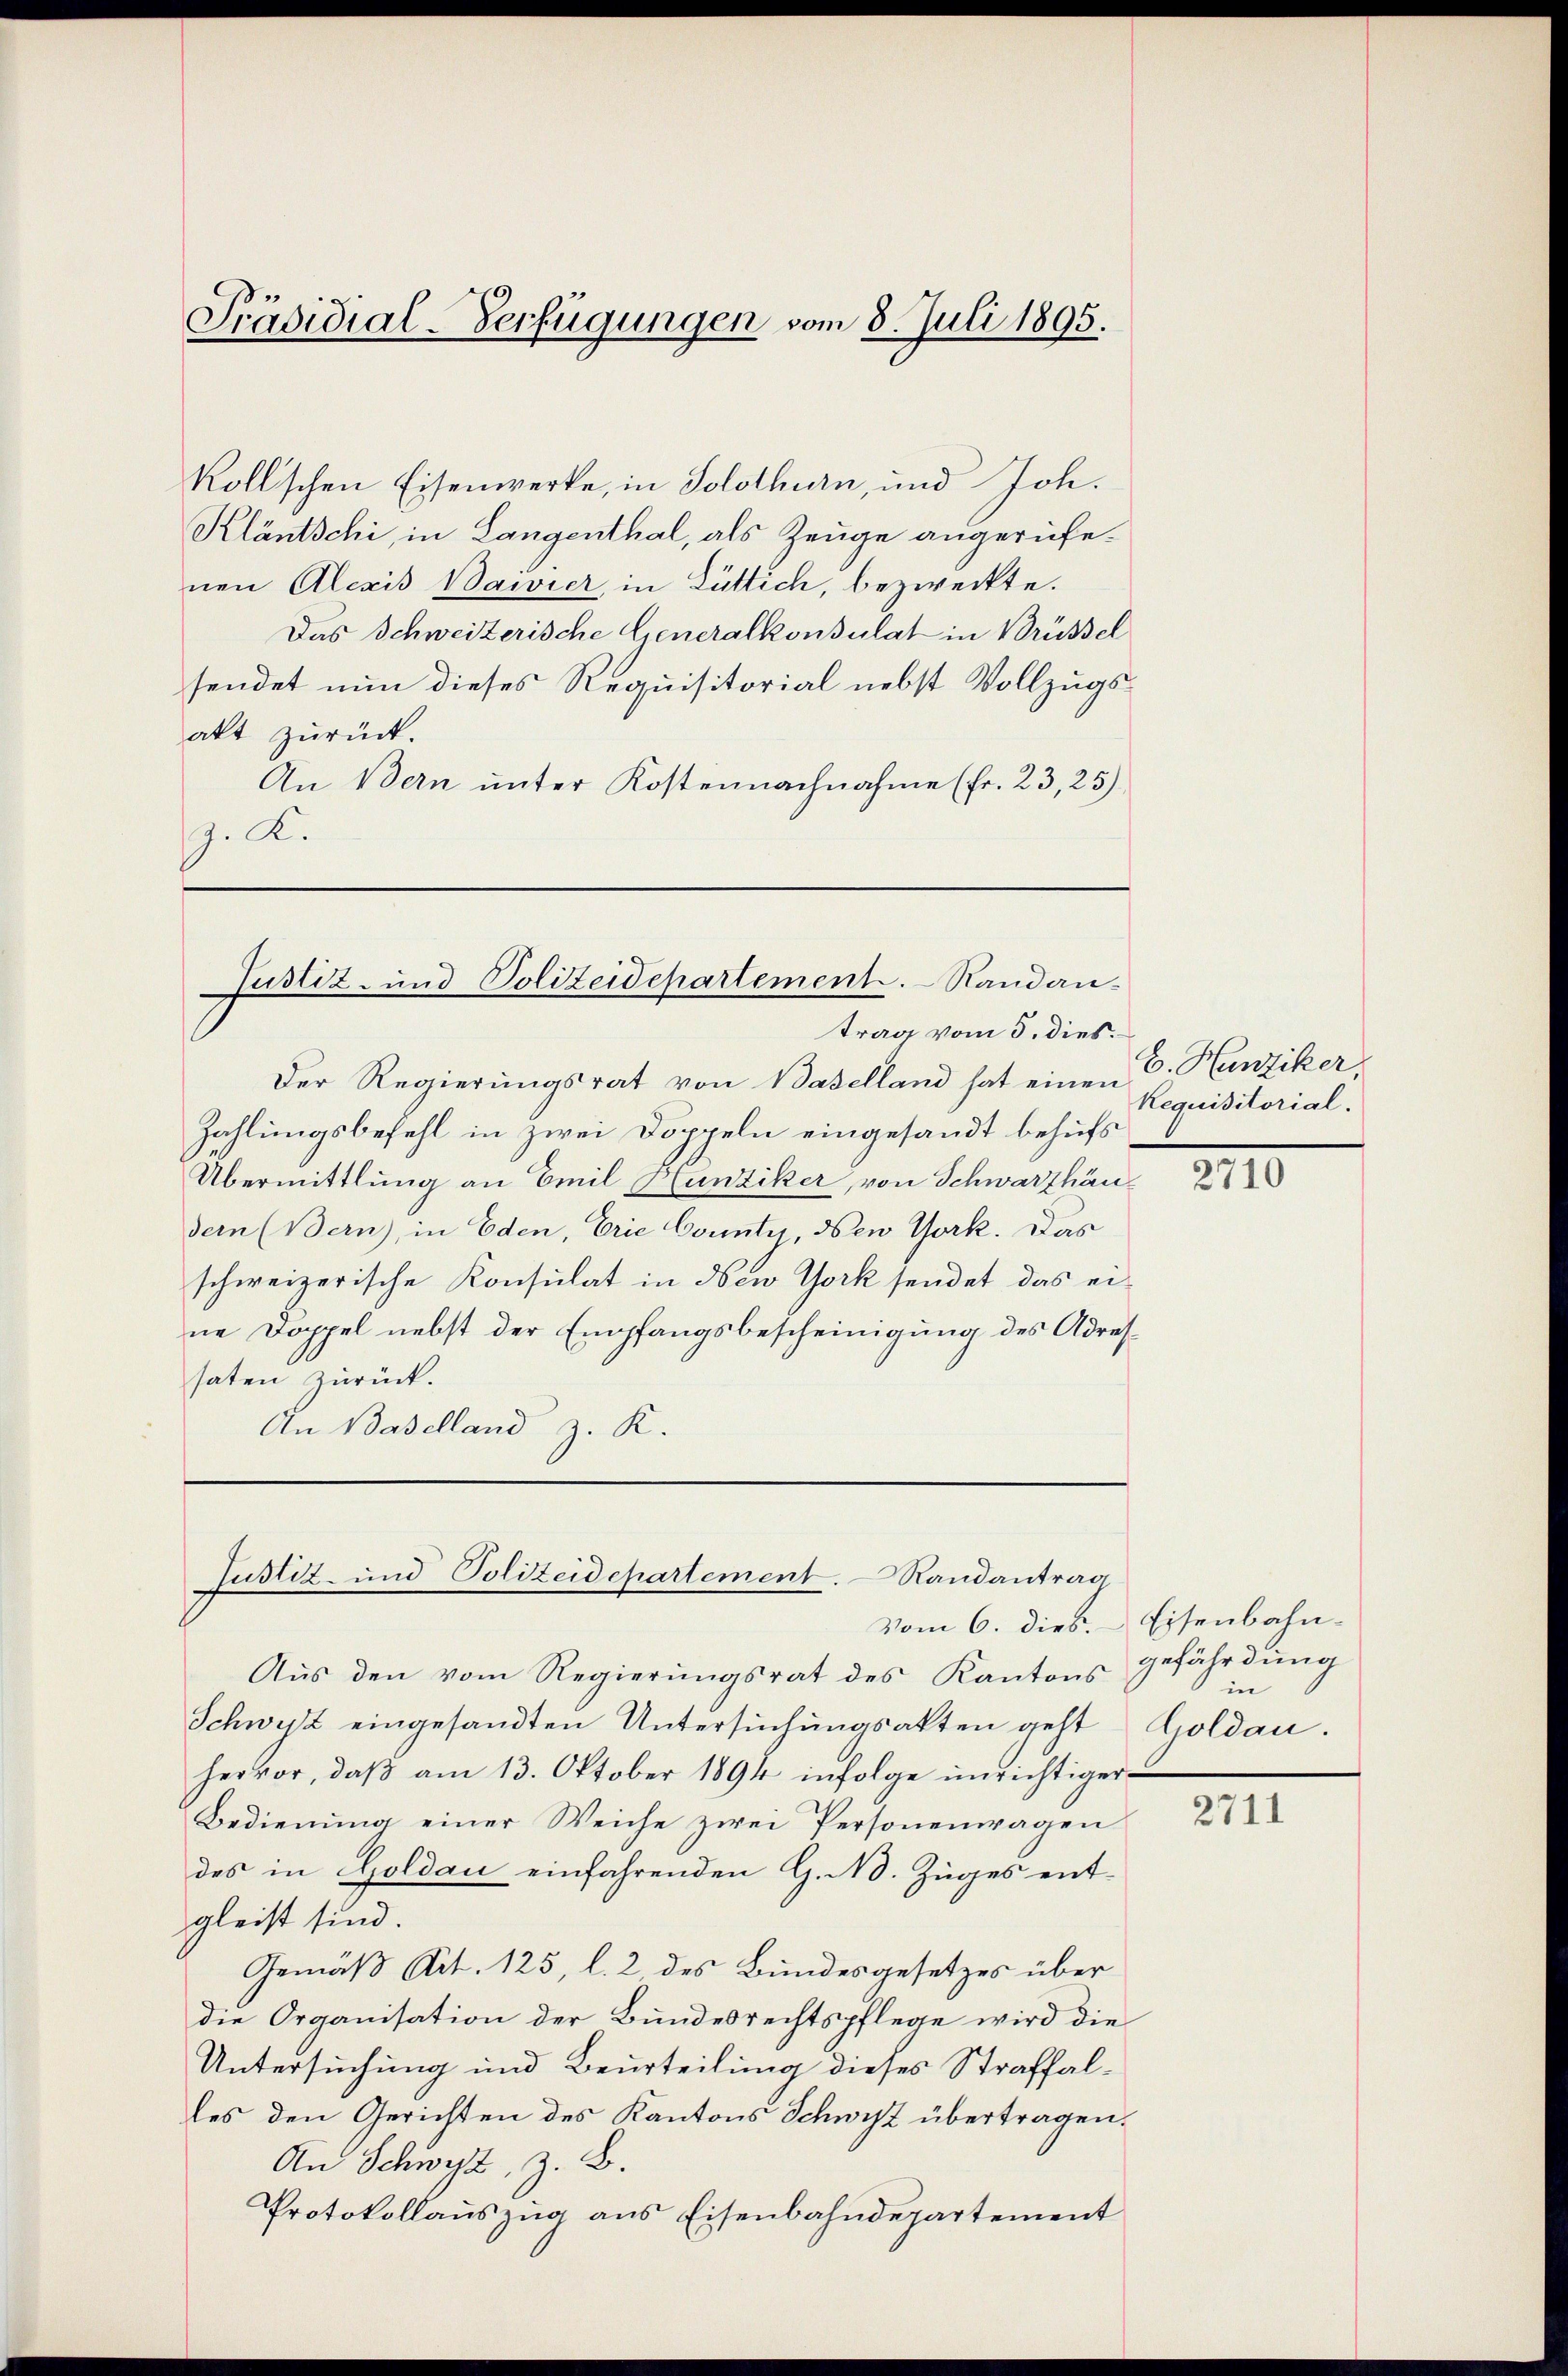
Präsidial-Verfügungen vom 8. Juli 1895.

kollischen Eisenwerke, in Solothurn, und Joh.
Kläntschi, in Langenthal, als Zeuge angerufenen Alexis Bavier in Lütlich, bezweckte.
Das Schweizerische Generalkonsulat in Brüssel
sendet nun dieses Requisitorial nebst Vollzugsakt zurück.
An Bern unter Kostennachnahme (Fr. 23, 25)
g. K.

Justiz- und Polizeidepartement. Standantrag vom 5. dies

Der Regierungsrat von Baselland hat einen Requisitorial.
Zahlungsbefehl in zwei Doppeln eingesandt behufs
Übermittlung an Emil Hunziker, von Schwarzhäudern (Bern), in Eden, Erie County, den Gork. Das
schweizerische Konsulat in New York sendet das eine Doppel nebst der Empfangsbescheinigung des Adressaten zurück.
An Baselland z. K.

Justiz- und Polizeidepartement. Randantrag

vom 6. dieß.
Aus den vom Regierungsrat des Kantons gefährdung
Schweiz eingesandten Untersuchungsakten geht
hervor, daβ am 13. Oktober 1894 infolge unrichtiger
Bedienung einer Weiche zwei Personenwagen
des in Goldau einfahrenden G. N. Zuges entgleist sind.
Gemäß Art. 125, l. 2 des Bundesgesetzes über
die Organisation der Bundesrechtspflege wird die
Untersuchung und Beurteilung dieses Straffalles den Gerichten des Kantons Schwist übertragen.
An Schwyz, z. B.
Protokollauszug aus Eisenbahndepartement

E. Hunziker,

2710

Eisenbahnin
Goldau.

2711